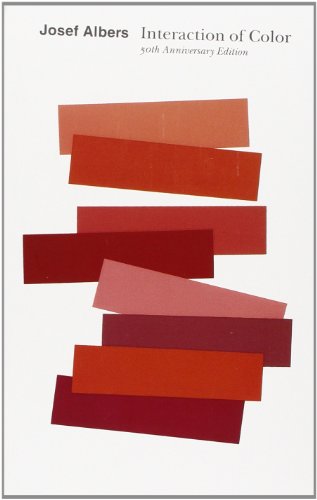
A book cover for Interaction of Color: 50th Anniversary Edition; Josef Albers; Arts & Photography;